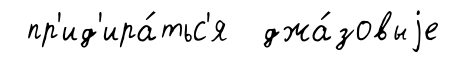
пр'ид'ира́тьс'я джа́зовыjе